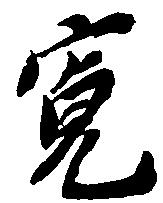
寛